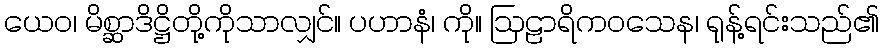
ယေဝ၊ မိစ္ဆာဒိဋ္ဌိတို့ကိုသာလျှင်။ ပဟာနံ၊ ကို။ ဩဠာရိကဝသေန၊ ရုန့်ရင်းသည်၏